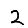
Digit: 2